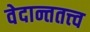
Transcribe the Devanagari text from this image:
वेदान्ततत्त्‍व